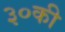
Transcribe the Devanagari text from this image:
३०की